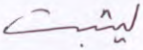
ليثبت